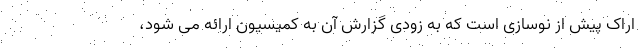
اراک پیش از نوسازی است که به زودی گزارش آن به کمیسیون ارائه می شود،